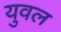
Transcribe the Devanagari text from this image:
युवल